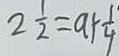
2 \frac { 1 } { 2 } = a + \frac { 1 } { 4 }